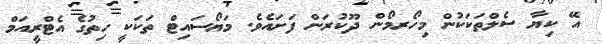
އޭ ކިޔާ ސެލްތަކަކުން މިހޯރމޯން ދޫކުރަން ފަށައެވެ. މަޔޯސައިޓް ތަކަކީ ހިތުގެ އެޓްރީއަމް